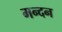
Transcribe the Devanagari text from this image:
मन्दन